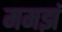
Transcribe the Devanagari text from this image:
ममझं